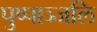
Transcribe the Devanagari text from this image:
पुष्पाञ्जलि